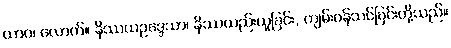
ယာဝ၊ လောက်။ နိဿယဥဒ္ဒေသာ၊ နိဿယည်းယူခြင်း, ကျမ်းဂန်သင်ခြင်းတို့သည်။